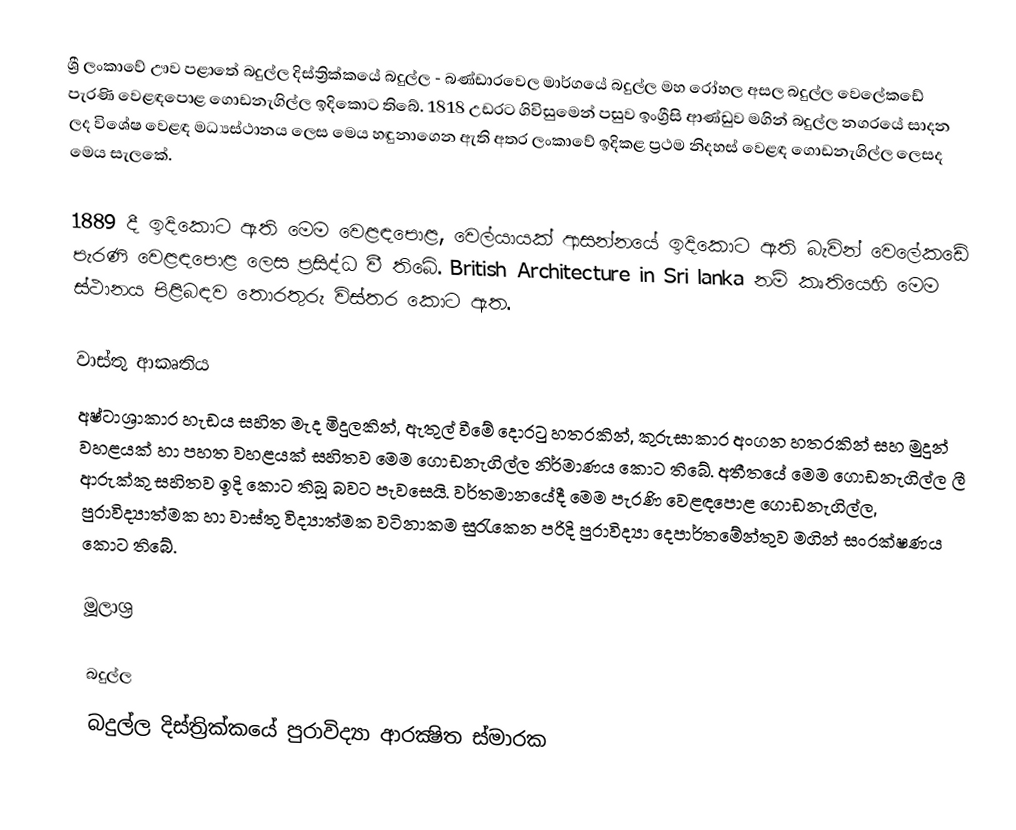
ශ්‍රී ලංකාවේ ඌව පළාතේ බදුල්ල දිස්ත්‍රික්කයේ බදුල්ල - බණ්ඩාරවෙල මාර්ගයේ බදුල්ල මහ රෝහල අසල බදුල්ල වෙලේකඩේ පැරණි වෙළඳපොළ ගොඩනැගිල්ල ඉදිකොට තිබේ. 1818 උඩරට ගිවිසු‍‍මෙන් පසුව ඉංග්‍රීසි ආණ්ඩුව මගින් බදුල්ල නගර‍යේ සාදන ලද ‍‍විශේෂ වෙළඳ මධ්‍යස්ථානය ‍ලෙස මෙය හඳුනාගෙන ඇති අතර ලංකා‍වේ ඉදිකළ ප්‍රථම නිදහස් ‍වෙළඳ ‍‍ගොඩනැගිල්ල ‍‍ලෙසද මෙය සැල‍කේ.

1889 දී ඉදිකොට ඇති ‍මෙම වෙළඳපොළ, ‍‍‍වෙල්යායක් ආසන්නයේ ඉදිකොට ඇති බැවින් වෙ‍ලේක‍ඩේ පැරණි වෙළඳපොළ ලෙස ප්‍රසිද්ධ වී තිබේ. ‍‍British Architecture in Sri lanka නම් කෘතියෙහි ‍මෙම ස්ථාන‍‍ය පිළිබඳව තොරතුරු විස්තර කොට ඇත.

වාස්තු ආකෘතිය
අෂ්ටාශ්‍රාකාර හැඩය සහිත මැද මිදුලකින්, ඇතුල් වී‍‍මේ දොරටු හතරකින්, කුරුසාකාර අංගන හතරකින් සහ මුදුන් වහළයක් හා පහත වහළයක් සහිතව ‍මෙම ‍‍ගොඩනැගිල්ල නිර්මාණය ‍කොට ති‍බේ. අතීතයේ  මෙම ‍‍ගොඩනැගිල්ල ලී ආරුක්කු සහිතව ඉදි කොට තිබූ බවට පැවසෙයි.  වර්තමානයේදී මෙම පැරණි ‍‍‍‍‍වෙළඳපොළ ගොඩනැගිල්ල, පුරාවිද්‍යාත්මක හා වාස්තු විද්‍යාත්මක වටිනාකම සුරැ‍කෙන පරිදි පුරාවිද්‍යා ‍දෙපාර්තමේන්තුව මගින් සංරක්ෂණය කොට තිබේ.

මූලාශ්‍ර

බදුල්ල
බදුල්ල දිස්ත්‍රික්කයේ පුරාවිද්‍යා ආරක්‍ෂිත ස්මාරක